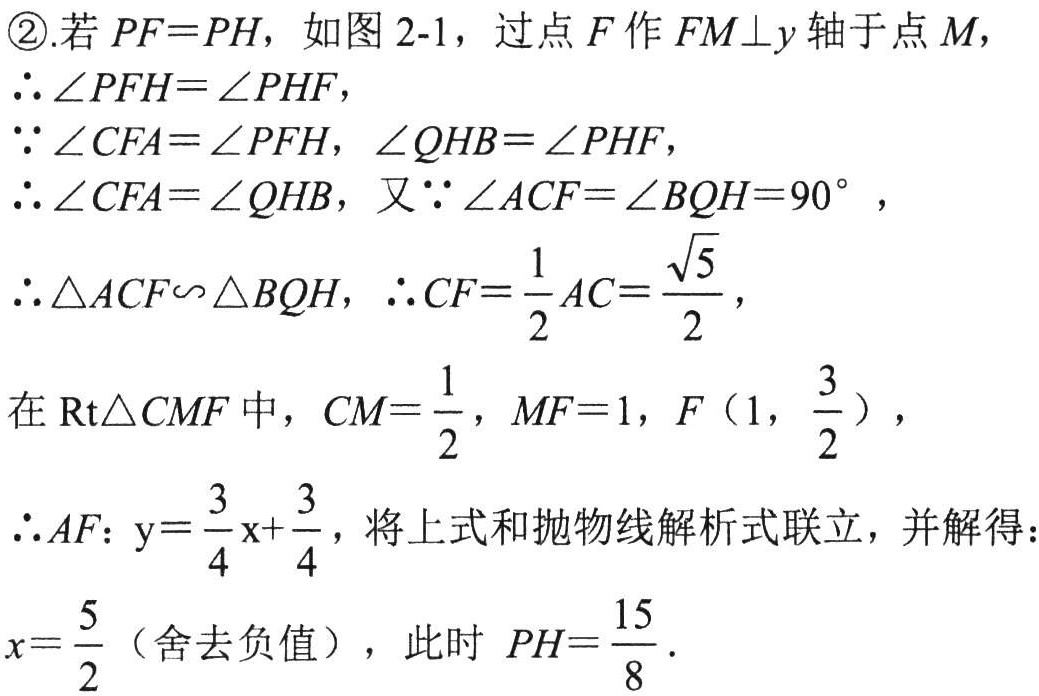
\textcircled{2}. 若 \(PF = PH\)，如图2-1，过点 \(F\) 作 \(FM\perp y\) 轴于点 \(M\)，

\(\therefore\angle PFH=\angle PHF\)，

\(\because\angle CFA=\angle PFH\)，\(\angle QHB=\angle PHF\)，

\(\therefore\angle CFA=\angle QHB\)，又\(\because\angle ACF=\angle BQH = 90^{\circ}\)，

\(\therefore\triangle ACF\sim\triangle BQH\)，\(\therefore CF=\frac{1}{2}AC=\frac{\sqrt{5}}{2}\)，

在 \(\text{Rt}\triangle CMF\) 中，\(CM = \frac{1}{2}\)，\(MF = 1\)，\(F\left(1,\frac{3}{2}\right)\)，

\(\therefore AF\)：\(y = \frac{3}{4}x+\frac{3}{4}\)，将上式和抛物线解析式联立，并解得：

\(x=\frac{5}{2}\)（舍去负值），此时 \(PH=\frac{15}{8}\)．